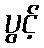
ပွင့်